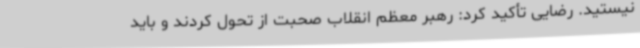
نیستید. رضایی تأکید کرد: رهبر معظم انقلاب صحبت از تحول کردند و باید